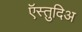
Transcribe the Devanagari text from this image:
ऍस्तुदिअ